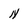
Character: N